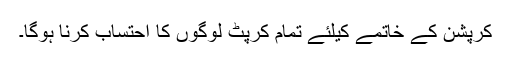
کرپشن کے خاتمے کیلئے تمام کرپٹ لوگوں کا احتساب کرنا ہوگا۔